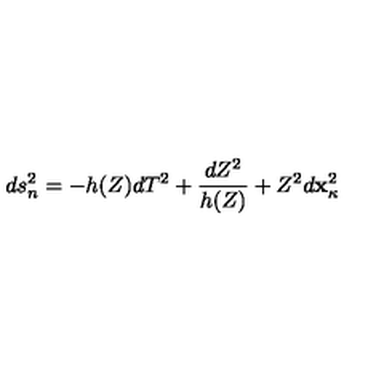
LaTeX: d s _ { n } ^ { 2 } = - h ( Z ) d T ^ { 2 } + \frac { d Z ^ { 2 } } { h ( Z ) } + Z ^ { 2 } d { \bf x } _ { \kappa } ^ { 2 }